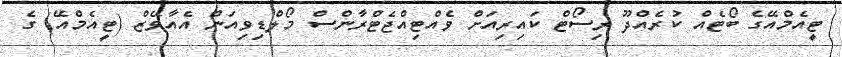
ޓީއެމްއޭގެ ބޯޓެއް ކުރެއްދޫ ރިސޯޓް ކައިރިއަށް ވެއްޓިއްޖެޓްރާންސް މޯލްޑިވިއަން އެއާވޭޭޒް (ޓީއެމްއޭ) ގެ